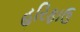
હરિફાઉ